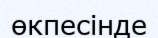
өкпесінде